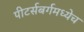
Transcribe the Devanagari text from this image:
पीटर्सबर्गमध्येच